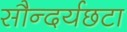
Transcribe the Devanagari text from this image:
सौन्दर्यछटा